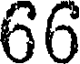
66